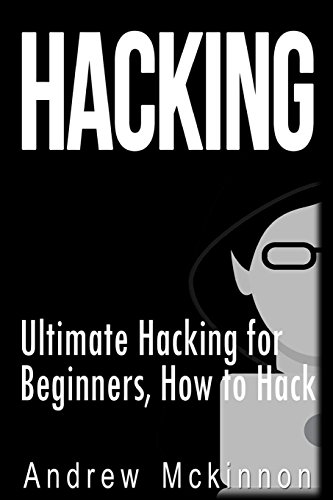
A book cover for Hacking: Ultimate Hacking for Beginners, How to Hack; Andrew Mckinnon; Computers & Technology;